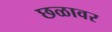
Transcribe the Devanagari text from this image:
छळावर